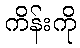
ကိန်းကို